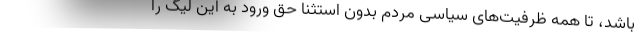
باشد، تا همه ظرفیت‌های سیاسی مردم بدون استثنا حق ورود به این لیگ را